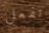
تفعل